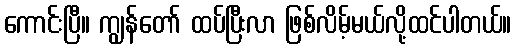
ကောင်းပြီ။ ကျွန်တော် ထပ်ပြီးလာ ဖြစ်လိမ့်မယ်လို့ထင်ပါတယ်။